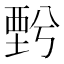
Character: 𧟯